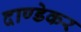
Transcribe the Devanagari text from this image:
दाण्डेकर